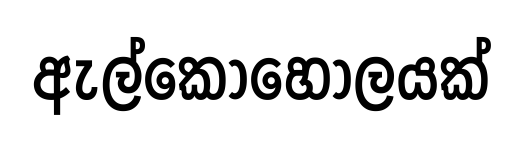
ඇල්කොහොලයක්